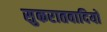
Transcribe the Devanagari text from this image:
सुकरातवादियों